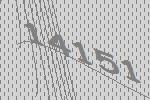
14151